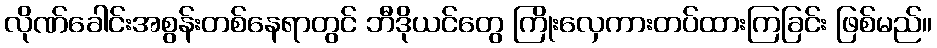
လိုဏ်ခေါင်းအစွန်းတစ်နေရာတွင် ဘီဒိုယင်တွေ ကြိုးလှေကားတပ်ထားကြခြင်း ဖြစ်မည်။